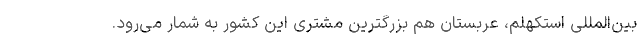
بین‌المللی استکهلم، عربستان هم بزرگترین مشتری این کشور به شمار می‌رود.